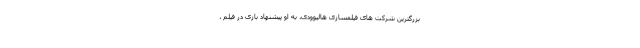
بزرگترین شرکت های فیلمسازی هالیوودی، به او پیشنهاد بازی در فیلم ،